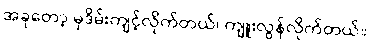
အခုတော့ မုဒိမ်းကျင့်လိုက်တယ်၊ ကျူးလွန်လိုက်တယ်။